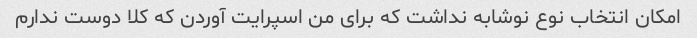
امکان انتخاب نوع نوشابه نداشت که برای من اسپرایت آوردن که کلا دوست ندارم